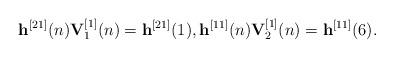
LaTeX: \begin{align*}{{\bf{h}}^{[21]}}(n){\bf{V}}_1^{[1]}(n) = {{\bf{h}}^{[21]}}(1),{{\bf{h}}^{[11]}}(n){\bf{V}}_2^{[1]}(n) = {{\bf{h}}^{[11]}}(6).\end{align*}